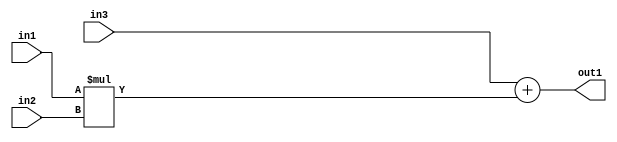
`timescale 1ps / 1ps
/*****************************************************************************
    Verilog RTL Description
    
    
    Created by: Stratus DpOpt 2019.1.01 
*******************************************************************************/

module GaussianFilter_Add2Mul2s32u8s32_1 (
	in3,
	in2,
	in1,
	out1
	); /* architecture "behavioural" */ 
input [31:0] in3;
input [7:0] in2;
input [31:0] in1;
output [31:0] out1;
wire [31:0] asc001;

wire [31:0] asc001_tmp_0;
assign asc001_tmp_0 = 
	+(in3);
assign asc001 = asc001_tmp_0
	+(in1 * in2);

assign out1 = asc001;
endmodule

/* CADENCE  uLDxTAk= : u9/ySgnWtBlWxVPRXgAZ4Og= ** DO NOT EDIT THIS LINE ******/